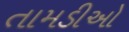
તામડીઓ